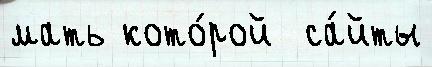
мать кото́рой  са́йты